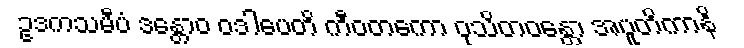
ဥဒကသမီပံ ဒန္တောဝ ဝဒါပေတိ ကီဝတကော ဝုသိတဝန္တော အပူတိကာနိ